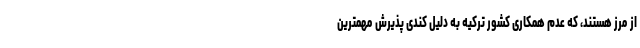
از مرز هستند، که عدم همکاری کشور ترکیه به دلیل کندی پذیرش مهمترین